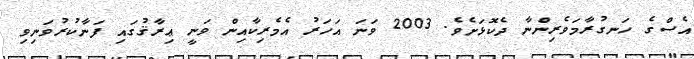
އެސްގެ ހަނގުރާމަވެރިންނާ ދެކޮޅަށެވެ. 2003 ވަނަ އަހަރު އެމެރިކާއިން ވަނީ ޢިރާޤުގައި ފަނާކުރުވަނިވި